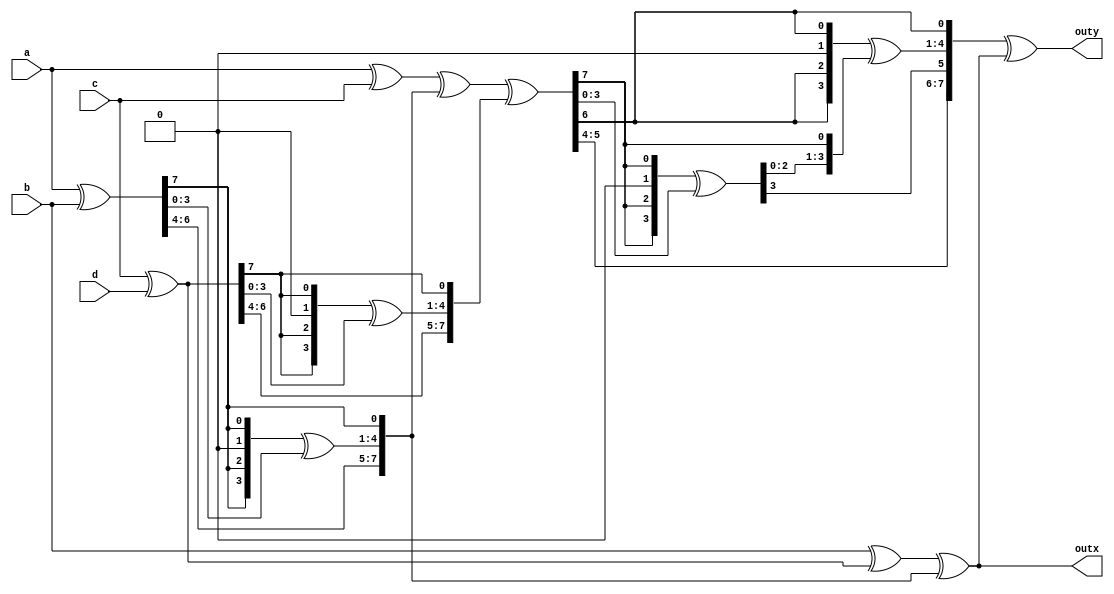
//////////////////////////////////////////////////////////////////////
////                                                              ////
////  Mixcolumns for 8 bit                                        ////
////                                                              ////
////  This file is part of the SystemC AES                        ////
////                                                              ////
////  Description:                                                ////
////  Mixcolum for a byte                                         ////
////                                                              ////
////  Generated automatically using SystemC to Verilog translator ////
////                                                              ////
////  To Do:                                                      ////
////   - done                                                     ////
////                                                              ////
////  Author(s):                                                  ////
////      - Javier Castillo, jcastilo@opencores.org               ////
////                                                              ////
//////////////////////////////////////////////////////////////////////
////                                                              ////
//// Copyright (C) 2000 Authors and OPENCORES.ORG                 ////
////                                                              ////
//// This source file may be used and distributed without         ////
//// restriction provided that this copyright statement is not    ////
//// removed from the file and that any derivative work contains  ////
//// the original copyright notice and the associated disclaimer. ////
////                                                              ////
//// This source file is free software; you can redistribute it   ////
//// and/or modify it under the terms of the GNU Lesser General   ////
//// Public License as published by the Free Software Foundation; ////
//// either version 2.1 of the License, or (at your option) any   ////
//// later version.                                               ////
////                                                              ////
//// This source is distributed in the hope that it will be       ////
//// useful, but WITHOUT ANY WARRANTY; without even the implied   ////
//// warranty of MERCHANTABILITY or FITNESS FOR A PARTICULAR      ////
//// PURPOSE.  See the GNU Lesser General Public License for more ////
//// details.                                                     ////
////                                                              ////
//// You should have received a copy of the GNU Lesser General    ////
//// Public License along with this source; if not, download it   ////
//// from http://www.opencores.org/lgpl.shtml                     ////
////                                                              ////
//////////////////////////////////////////////////////////////////////
//
// CVS Revision History
//
// $Log: byte_mixcolum.v,v $
// Revision 1.1.1.1  2004/07/05 09:46:23  jcastillo
// First import
//

module byte_mixcolum(a,b,c,d,outx,outy);

input [7:0] a,b,c,d;
output [7:0] outx, outy;

reg [7:0] outx, outy;

function [7:0] xtime;
input [7:0] in;
reg [3:0] xtime_t;

begin
xtime[7:5] = in[6:4];
xtime_t[3] = in[7];
xtime_t[2] = in[7];
xtime_t[1] = 0;
xtime_t[0] = in[7];
xtime[4:1] =xtime_t^in[3:0];
xtime[0] = in[7];
end
endfunction

reg [7:0] w1,w2,w3,w4,w5,w6,w7,w8,outx_var;
always @ (a, b, c, d)
begin
w1 = a ^b;
w2 = a ^c;
w3 = c ^d;
w4 = xtime(w1);
w5 = xtime(w3);
w6 = w2 ^w4 ^w5;
w7 = xtime(w6);
w8 = xtime(w7);

outx_var = b^w3^w4;
outx=outx_var;
outy=w8^outx_var;

end

endmodule